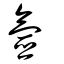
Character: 氬